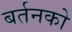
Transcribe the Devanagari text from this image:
बर्तनको